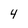
Character: 4